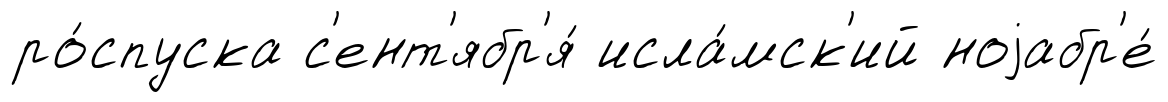
ро́спуска с'ент'ябр'я́ исла́мск'ий ноjабр'е́